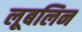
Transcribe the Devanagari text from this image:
लूबलिन